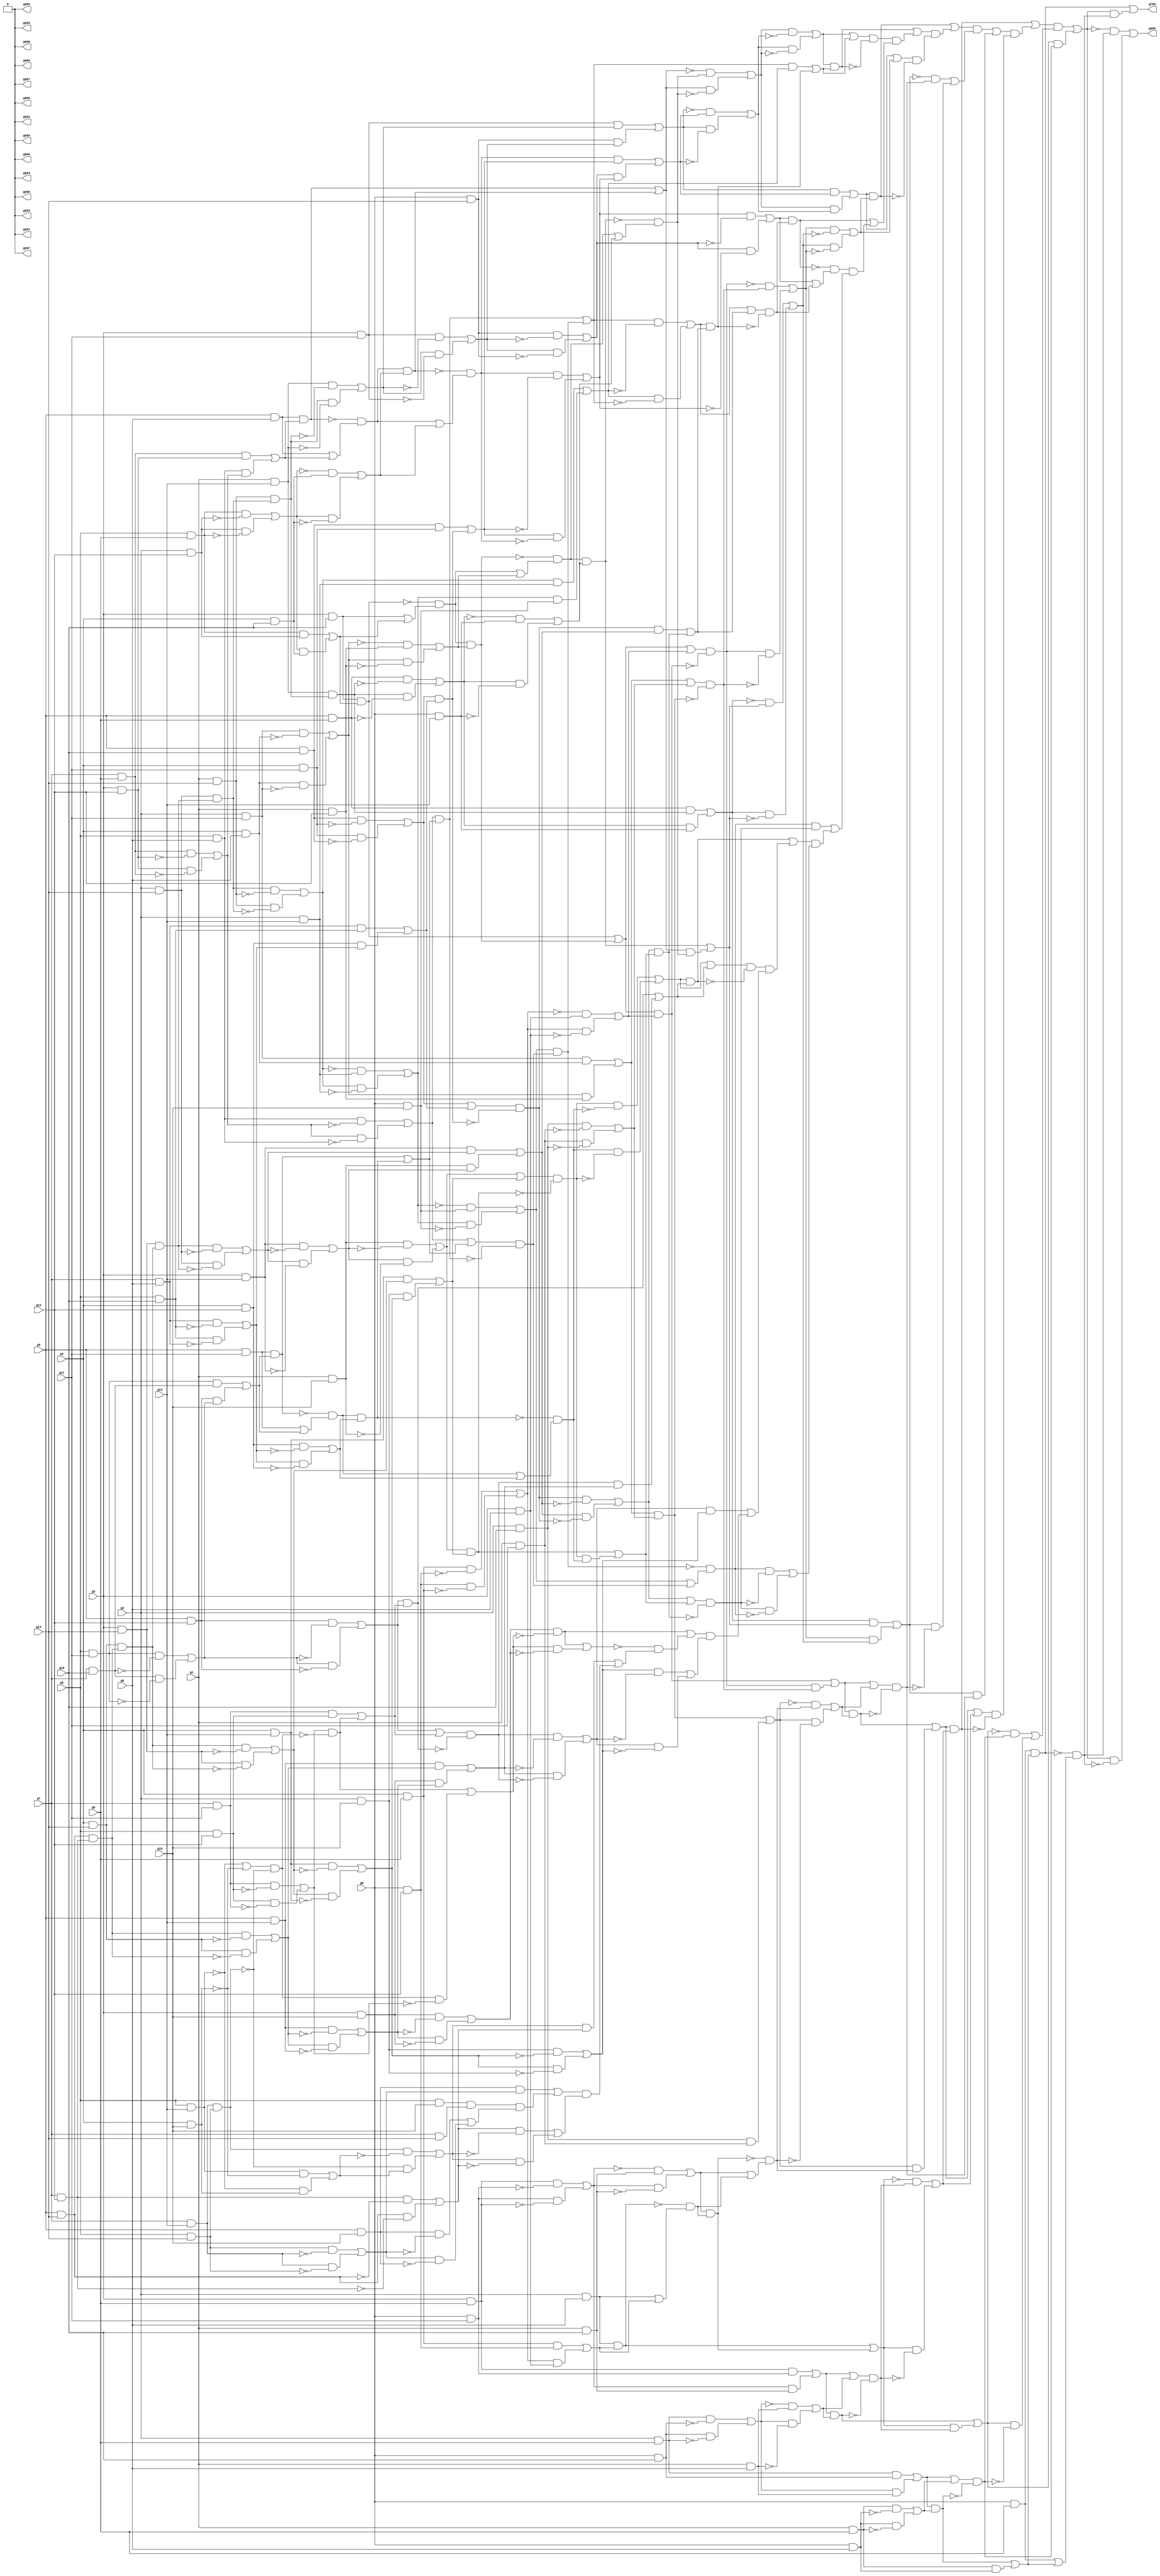
// Benchmark "circuit" written by ABC on Wed Jul 11 22:45:13 2018

module circuit ( 
    g0, g1, g2, g3, g4, g5, g6, g7, g8, g9, g10, g11, g12, g13, g14, g15,
    g700, g699, g698, g697, g696, g695, g694, g693, g692, g691, g690, g689,
    g688, g687, g686, g685  );
  input  g0, g1, g2, g3, g4, g5, g6, g7, g8, g9, g10, g11, g12, g13, g14,
    g15;
  output g700, g699, g698, g697, g696, g695, g694, g693, g692, g691, g690,
    g689, g688, g687, g686, g685;
  wire g16, g17, g18, g19, g20, g21, g22, g23, g24, g25, g26, g27, g28, g29,
    g30, g31, g32, g33, g34, g35, g36, g37, g38, g39, g40, g41, g42, g43,
    g44, g45, g46, g47, g48, g49, g50, g51, g52, g53, g54, g55, g56, g57,
    g58, g59, g60, g61, g62, g63, g64, g65, g66, g67, g68, g69, g70, g71,
    g72, g73, g74, g75, g76, g77, g78, g79, g80, g81, g82, g83, g84, g85,
    g86, g87, g88, g89, g90, g91, g92, g93, g94, g95, g96, g97, g98, g99,
    g100, g101, g102, g103, g104, g105, g106, g107, g108, g109, g110, g111,
    g112, g113, g114, g115, g116, g117, g118, g119, g120, g121, g122, g123,
    g124, g125, g126, g127, g128, g129, g130, g131, g132, g133, g134, g135,
    g136, g137, g138, g139, g140, g141, g142, g143, g144, g145, g146, g147,
    g148, g149, g150, g151, g152, g153, g154, g155, g156, g157, g158, g159,
    g160, g161, g162, g163, g164, g165, g166, g167, g168, g169, g170, g171,
    g172, g173, g174, g175, g176, g177, g178, g179, g180, g181, g182, g183,
    g184, g185, g186, g187, g188, g189, g190, g191, g192, g193, g194, g195,
    g196, g197, g198, g199, g200, g201, g202, g203, g204, g205, g206, g207,
    g208, g209, g210, g211, g212, g213, g214, g215, g216, g217, g218, g219,
    g220, g221, g222, g223, g224, g225, g226, g227, g228, g229, g230, g231,
    g232, g233, g234, g235, g236, g237, g238, g239, g240, g241, g242, g243,
    g244, g245, g246, g247, g248, g249, g250, g251, g252, g253, g254, g255,
    g256, g257, g258, g259, g260, g261, g262, g263, g264, g265, g266, g267,
    g268, g269, g270, g271, g272, g273, g274, g275, g276, g277, g278, g279,
    g280, g281, g282, g283, g284, g285, g286, g287, g288, g289, g290, g291,
    g292, g293, g294, g295, g296, g297, g298, g299, g300, g301, g302, g303,
    g304, g305, g306, g307, g308, g309, g310, g311, g312, g313, g314, g315,
    g316, g317, g318, g319, g320, g321, g322, g323, g324, g325, g326, g327,
    g328, g329, g330, g331, g332, g333, g334, g335, g336, g337, g338, g339,
    g340, g341, g342, g343, g344, g345, g346, g347, g348, g349, g350, g351,
    g352, g353, g354, g355, g356, g357, g358, g359, g360, g361, g362, g363,
    g364, g365, g366, g367, g368, g369, g370, g371, g372, g373, g374, g375,
    g376, g377, g378, g379, g380, g381, g382, g383, g384, g385, g386, g387,
    g388, g389, g390, g391, g392, g393, g394, g395, g396, g397, g398, g399,
    g400, g401, g402, g403, g404, g405, g406, g407, g408, g409, g410, g411,
    g412, g413, g414, g415, g416, g417, g418, g419, g420, g421, g422, g423,
    g424, g425, g426, g427, g428, g429, g430, g431, g432, g433, g434, g435,
    g436, g437, g438, g439, g440, g441, g442, g443, g444, g445, g446, g447,
    g449, g450, g451, g452, g453, g454, g455, g456, g457, g458, g459, g460,
    g461, g462, g463, g464, g465, g466, g467, g468, g469, g470, g471, g472,
    g473, g474, g475, g476, g477, g478, g479, g480, g481, g482, g483, g484,
    g485, g486, g487, g488, g489, g490, g491, g492, g493, g494, g495, g496,
    g497, g498, g499, g500, g501, g502, g503, g504, g505, g506, g507, g511,
    g512, g513, g514, g515, g516, g517, g518, g519, g520, g521, g522, g523,
    g524, g525, g526, g527, g528, g529, g530, g531, g532, g533, g534, g535,
    g536, g537, g538, g539, g540, g541, g542, g543, g544, g545, g546, g547,
    g548, g549, g550, g551, g552, g553, g554, g555, g556, g557, g558, g559,
    g562, g563, g565, g566, g567, g568, g569, g570, g571, g572, g573, g574,
    g575, g576, g577, g578, g579, g580, g581, g582, g583, g584, g585, g586,
    g587, g588, g589, g590, g591, g592, g593, g594, g595, g596, g600, g601,
    g602, g603, g604, g605, g606, g607, g608, g609, g610, g611, g612, g613,
    g614, g615, g616, g617, g618, g619, g620, g621, g622, g623, g626, g627,
    g628, g629, g630, g631, g632, g633, g634, g635, g636, g637, g638, g639,
    g683, g684, \0 ;
  assign g16 = g5 & g9;
  assign g17 = g7 & g8;
  assign g18 = g3 & g12;
  assign g19 = g17 & g18;
  assign g20 = g6 & g9;
  assign g21 = ~g18;
  assign g22 = g17 & g21;
  assign g23 = ~g17;
  assign g24 = g18 & g23;
  assign g25 = g22 | g24;
  assign g26 = g20 & g25;
  assign g27 = g19 | g26;
  assign g28 = g16 & g27;
  assign g29 = ~g28;
  assign g30 = g16 | g27;
  assign g31 = g29 & g30;
  assign g32 = g6 & g8;
  assign g33 = g2 & g12;
  assign g34 = ~g33;
  assign g35 = g32 & g34;
  assign g36 = ~g32;
  assign g37 = g33 & g36;
  assign g38 = g35 | g37;
  assign g39 = ~g38;
  assign g40 = g4 & g10;
  assign g41 = g39 & g40;
  assign g42 = ~g40;
  assign g43 = g38 & g42;
  assign g44 = g41 | g43;
  assign g45 = g31 & g44;
  assign g46 = g28 | g45;
  assign g47 = ~g46;
  assign g48 = g3 & g10;
  assign g49 = g32 & g33;
  assign g50 = g38 & g40;
  assign g51 = g49 | g50;
  assign g52 = g48 & g51;
  assign g53 = ~g52;
  assign g54 = g48 | g51;
  assign g55 = g53 & g54;
  assign g56 = g2 & g11;
  assign g57 = g4 & g9;
  assign g58 = ~g57;
  assign g59 = g56 & g58;
  assign g60 = ~g56;
  assign g61 = g57 & g60;
  assign g62 = g59 | g61;
  assign g63 = ~g62;
  assign g64 = g1 & g12;
  assign g65 = g63 & g64;
  assign g66 = ~g64;
  assign g67 = g62 & g66;
  assign g68 = g65 | g67;
  assign g69 = g55 & g68;
  assign g70 = ~g69;
  assign g71 = g55 | g68;
  assign g72 = g70 & g71;
  assign g73 = g5 & g8;
  assign g74 = g1 & g13;
  assign g75 = g1 & g14;
  assign g76 = g2 & g14;
  assign g77 = g3 & g14;
  assign g78 = g4 & g14;
  assign g79 = g5 & g14;
  assign g80 = g7 & g12;
  assign g81 = g79 & g80;
  assign g82 = g78 & g81;
  assign g83 = g77 & g82;
  assign g84 = g76 & g83;
  assign g85 = g75 & g84;
  assign g86 = g74 & g85;
  assign g87 = ~g86;
  assign g88 = g73 & g87;
  assign g89 = ~g73;
  assign g90 = g86 & g89;
  assign g91 = g88 | g90;
  assign g92 = ~g91;
  assign g93 = g0 & g13;
  assign g94 = g92 & g93;
  assign g95 = ~g93;
  assign g96 = g91 & g95;
  assign g97 = g94 | g96;
  assign g98 = g72 & g97;
  assign g99 = ~g98;
  assign g100 = g72 | g97;
  assign g101 = g99 & g100;
  assign g102 = g47 & g101;
  assign g103 = ~g101;
  assign g104 = g46 & g103;
  assign g105 = g102 | g104;
  assign g106 = g3 & g11;
  assign g107 = ~g85;
  assign g108 = g74 & g107;
  assign g109 = ~g74;
  assign g110 = g85 & g109;
  assign g111 = g108 | g110;
  assign g112 = g106 & g111;
  assign g113 = g0 & g14;
  assign g114 = ~g111;
  assign g115 = g106 & g114;
  assign g116 = ~g106;
  assign g117 = g111 & g116;
  assign g118 = g115 | g117;
  assign g119 = g113 & g118;
  assign g120 = g112 | g119;
  assign g121 = ~g120;
  assign g122 = ~g45;
  assign g123 = g31 | g44;
  assign g124 = g122 & g123;
  assign g125 = g5 & g10;
  assign g126 = g4 & g11;
  assign g127 = g125 & g126;
  assign g128 = ~g126;
  assign g129 = g125 & g128;
  assign g130 = ~g125;
  assign g131 = g126 & g130;
  assign g132 = g129 | g131;
  assign g133 = g7 & g9;
  assign g134 = g6 & g10;
  assign g135 = g133 & g134;
  assign g136 = g4 & g12;
  assign g137 = ~g134;
  assign g138 = g133 & g137;
  assign g139 = ~g133;
  assign g140 = g134 & g139;
  assign g141 = g138 | g140;
  assign g142 = g136 & g141;
  assign g143 = g135 | g142;
  assign g144 = g132 & g143;
  assign g145 = g127 | g144;
  assign g146 = g124 & g145;
  assign g147 = ~g118;
  assign g148 = g113 & g147;
  assign g149 = ~g113;
  assign g150 = g118 & g149;
  assign g151 = g148 | g150;
  assign g152 = ~g145;
  assign g153 = g124 & g152;
  assign g154 = ~g124;
  assign g155 = g145 & g154;
  assign g156 = g153 | g155;
  assign g157 = g151 & g156;
  assign g158 = g146 | g157;
  assign g159 = g121 & g158;
  assign g160 = ~g158;
  assign g161 = g120 & g160;
  assign g162 = g159 | g161;
  assign g163 = ~g162;
  assign g164 = g105 & g163;
  assign g165 = ~g105;
  assign g166 = g162 & g165;
  assign g167 = g164 | g166;
  assign g168 = ~g25;
  assign g169 = g20 & g168;
  assign g170 = ~g20;
  assign g171 = g25 & g170;
  assign g172 = g169 | g171;
  assign g173 = g5 & g11;
  assign g174 = g6 & g11;
  assign g175 = g7 & g10;
  assign g176 = g174 & g175;
  assign g177 = g5 & g12;
  assign g178 = ~g175;
  assign g179 = g174 & g178;
  assign g180 = ~g174;
  assign g181 = g175 & g180;
  assign g182 = g179 | g181;
  assign g183 = g177 & g182;
  assign g184 = g176 | g183;
  assign g185 = g173 & g184;
  assign g186 = ~g185;
  assign g187 = g173 | g184;
  assign g188 = g186 & g187;
  assign g189 = ~g141;
  assign g190 = g136 & g189;
  assign g191 = ~g136;
  assign g192 = g141 & g191;
  assign g193 = g190 | g192;
  assign g194 = g188 & g193;
  assign g195 = g185 | g194;
  assign g196 = g172 & g195;
  assign g197 = ~g75;
  assign g198 = g84 & g197;
  assign g199 = ~g84;
  assign g200 = g75 & g199;
  assign g201 = g198 | g200;
  assign g202 = ~g201;
  assign g203 = g2 & g13;
  assign g204 = g202 & g203;
  assign g205 = ~g203;
  assign g206 = g201 & g205;
  assign g207 = g204 | g206;
  assign g208 = ~g207;
  assign g209 = g0 & g15;
  assign g210 = g208 & g209;
  assign g211 = ~g209;
  assign g212 = g207 & g211;
  assign g213 = g210 | g212;
  assign g214 = g172 | g195;
  assign g215 = ~g196;
  assign g216 = g214 & g215;
  assign g217 = g213 & g216;
  assign g218 = g196 | g217;
  assign g219 = g201 & g203;
  assign g220 = g207 & g209;
  assign g221 = g219 | g220;
  assign g222 = g218 & g221;
  assign g223 = ~g221;
  assign g224 = g218 & g223;
  assign g225 = ~g218;
  assign g226 = g221 & g225;
  assign g227 = g224 | g226;
  assign g228 = g132 | g143;
  assign g229 = ~g144;
  assign g230 = g228 & g229;
  assign g231 = g3 & g13;
  assign g232 = ~g76;
  assign g233 = g83 & g232;
  assign g234 = ~g83;
  assign g235 = g76 & g234;
  assign g236 = g233 | g235;
  assign g237 = g231 & g236;
  assign g238 = g1 & g15;
  assign g239 = ~g236;
  assign g240 = g231 & g239;
  assign g241 = ~g231;
  assign g242 = g236 & g241;
  assign g243 = g240 | g242;
  assign g244 = g238 & g243;
  assign g245 = g237 | g244;
  assign g246 = g230 & g245;
  assign g247 = ~g245;
  assign g248 = g230 & g247;
  assign g249 = ~g230;
  assign g250 = g245 & g249;
  assign g251 = g248 | g250;
  assign g252 = ~g243;
  assign g253 = g238 & g252;
  assign g254 = ~g238;
  assign g255 = g243 & g254;
  assign g256 = g253 | g255;
  assign g257 = g4 & g13;
  assign g258 = ~g77;
  assign g259 = g82 & g258;
  assign g260 = ~g82;
  assign g261 = g77 & g260;
  assign g262 = g259 | g261;
  assign g263 = g257 & g262;
  assign g264 = g2 & g15;
  assign g265 = ~g262;
  assign g266 = g257 & g265;
  assign g267 = ~g257;
  assign g268 = g262 & g267;
  assign g269 = g266 | g268;
  assign g270 = g264 & g269;
  assign g271 = g263 | g270;
  assign g272 = g256 & g271;
  assign g273 = g256 | g271;
  assign g274 = ~g272;
  assign g275 = g273 & g274;
  assign g276 = ~g194;
  assign g277 = g188 | g193;
  assign g278 = g276 & g277;
  assign g279 = g275 & g278;
  assign g280 = g272 | g279;
  assign g281 = g251 & g280;
  assign g282 = g246 | g281;
  assign g283 = g227 & g282;
  assign g284 = g222 | g283;
  assign g285 = g167 & g284;
  assign g286 = g167 | g284;
  assign g287 = ~g285;
  assign g288 = g286 & g287;
  assign g289 = ~g151;
  assign g290 = g156 & g289;
  assign g291 = ~g156;
  assign g292 = g151 & g291;
  assign g293 = g290 | g292;
  assign g294 = g227 | g282;
  assign g295 = ~g283;
  assign g296 = g294 & g295;
  assign g297 = g293 & g296;
  assign g298 = ~g297;
  assign g299 = g293 | g296;
  assign g300 = g298 & g299;
  assign g301 = ~g217;
  assign g302 = g213 | g216;
  assign g303 = g301 & g302;
  assign g304 = g251 | g280;
  assign g305 = ~g281;
  assign g306 = g304 & g305;
  assign g307 = g303 & g306;
  assign g308 = ~g278;
  assign g309 = g275 & g308;
  assign g310 = ~g275;
  assign g311 = g278 & g310;
  assign g312 = g309 | g311;
  assign g313 = ~g182;
  assign g314 = g177 & g313;
  assign g315 = ~g177;
  assign g316 = g182 & g315;
  assign g317 = g314 | g316;
  assign g318 = g7 & g11;
  assign g319 = g6 & g12;
  assign g320 = g318 & g319;
  assign g321 = ~g319;
  assign g322 = g318 & g321;
  assign g323 = ~g318;
  assign g324 = g319 & g323;
  assign g325 = g322 | g324;
  assign g326 = g6 & g13;
  assign g327 = ~g326;
  assign g328 = g4 & g15;
  assign g329 = ~g328;
  assign g330 = g327 | g329;
  assign g331 = g7 & g13;
  assign g332 = g6 & g14;
  assign g333 = g331 & g332;
  assign g334 = ~g333;
  assign g335 = g330 & g334;
  assign g336 = ~g335;
  assign g337 = g325 & g336;
  assign g338 = g320 | g337;
  assign g339 = g317 & g338;
  assign g340 = g317 | g338;
  assign g341 = ~g339;
  assign g342 = g340 & g341;
  assign g343 = g5 & g13;
  assign g344 = ~g78;
  assign g345 = g81 & g344;
  assign g346 = ~g81;
  assign g347 = g78 & g346;
  assign g348 = g345 | g347;
  assign g349 = g343 & g348;
  assign g350 = g3 & g15;
  assign g351 = ~g348;
  assign g352 = g343 & g351;
  assign g353 = ~g343;
  assign g354 = g348 & g353;
  assign g355 = g352 | g354;
  assign g356 = g350 & g355;
  assign g357 = g349 | g356;
  assign g358 = g342 & g357;
  assign g359 = g339 | g358;
  assign g360 = g312 & g359;
  assign g361 = g312 | g359;
  assign g362 = ~g360;
  assign g363 = g361 & g362;
  assign g364 = ~g357;
  assign g365 = g342 & g364;
  assign g366 = ~g342;
  assign g367 = g357 & g366;
  assign g368 = g365 | g367;
  assign g369 = ~g269;
  assign g370 = g264 & g369;
  assign g371 = ~g264;
  assign g372 = g269 & g371;
  assign g373 = g370 | g372;
  assign g374 = g368 & g373;
  assign g375 = ~g355;
  assign g376 = g350 & g375;
  assign g377 = ~g350;
  assign g378 = g355 & g377;
  assign g379 = g376 | g378;
  assign g380 = ~g325;
  assign g381 = g335 & g380;
  assign g382 = g337 | g381;
  assign g383 = ~g382;
  assign g384 = g379 & g383;
  assign g385 = ~g379;
  assign g386 = g382 & g385;
  assign g387 = g384 | g386;
  assign g388 = ~g387;
  assign g389 = g326 & g329;
  assign g390 = g327 & g328;
  assign g391 = g389 | g390;
  assign g392 = ~g391;
  assign g393 = g333 & g392;
  assign g394 = g334 & g391;
  assign g395 = g393 | g394;
  assign g396 = ~g79;
  assign g397 = g80 & g396;
  assign g398 = ~g80;
  assign g399 = g79 & g398;
  assign g400 = g397 | g399;
  assign g401 = g395 & g400;
  assign g402 = g5 & g15;
  assign g403 = ~g331;
  assign g404 = g332 & g403;
  assign g405 = ~g332;
  assign g406 = g331 & g405;
  assign g407 = g404 | g406;
  assign g408 = g402 & g407;
  assign g409 = g6 & g15;
  assign g410 = g7 & g14;
  assign g411 = g409 & g410;
  assign g412 = ~g407;
  assign g413 = g402 & g412;
  assign g414 = ~g402;
  assign g415 = g407 & g414;
  assign g416 = g413 | g415;
  assign g417 = g411 & g416;
  assign g418 = g408 | g417;
  assign g419 = ~g395;
  assign g420 = g400 & g419;
  assign g421 = ~g400;
  assign g422 = g395 & g421;
  assign g423 = g420 | g422;
  assign g424 = g418 & g423;
  assign g425 = g401 | g424;
  assign g426 = g388 & g425;
  assign g427 = g384 | g426;
  assign g428 = ~g368;
  assign g429 = g373 & g428;
  assign g430 = ~g373;
  assign g431 = g368 & g430;
  assign g432 = g429 | g431;
  assign g433 = g427 & g432;
  assign g434 = g374 | g433;
  assign g435 = g363 & g434;
  assign g436 = g360 | g435;
  assign g437 = ~g306;
  assign g438 = g303 & g437;
  assign g439 = ~g303;
  assign g440 = g306 & g439;
  assign g441 = g438 | g440;
  assign g442 = g436 & g441;
  assign g443 = g307 | g442;
  assign g444 = g300 & g443;
  assign g445 = g297 | g444;
  assign g446 = g288 & g445;
  assign g447 = g285 | g446;
  assign g449 = g120 & g158;
  assign g450 = g105 & g162;
  assign g451 = g449 | g450;
  assign g452 = g52 | g69;
  assign g453 = g4 & g8;
  assign g454 = g0 & g12;
  assign g455 = ~g454;
  assign g456 = g453 & g455;
  assign g457 = ~g453;
  assign g458 = g454 & g457;
  assign g459 = g456 | g458;
  assign g460 = ~g459;
  assign g461 = g3 & g9;
  assign g462 = g460 & g461;
  assign g463 = ~g461;
  assign g464 = g459 & g463;
  assign g465 = g462 | g464;
  assign g466 = g452 | g465;
  assign g467 = g452 & g465;
  assign g468 = ~g467;
  assign g469 = g466 & g468;
  assign g470 = ~g469;
  assign g471 = g56 & g57;
  assign g472 = g62 & g64;
  assign g473 = g471 | g472;
  assign g474 = g2 & g10;
  assign g475 = g1 & g11;
  assign g476 = ~g475;
  assign g477 = g474 & g476;
  assign g478 = ~g474;
  assign g479 = g475 & g478;
  assign g480 = g477 | g479;
  assign g481 = g473 | g480;
  assign g482 = g473 & g480;
  assign g483 = ~g482;
  assign g484 = g481 & g483;
  assign g485 = g470 & g484;
  assign g486 = ~g484;
  assign g487 = g469 & g486;
  assign g488 = g485 | g487;
  assign g489 = g73 & g86;
  assign g490 = g91 & g93;
  assign g491 = g489 | g490;
  assign g492 = ~g491;
  assign g493 = g46 & g101;
  assign g494 = g98 | g493;
  assign g495 = g492 & g494;
  assign g496 = ~g494;
  assign g497 = g491 & g496;
  assign g498 = g495 | g497;
  assign g499 = ~g498;
  assign g500 = g488 & g499;
  assign g501 = ~g488;
  assign g502 = g498 & g501;
  assign g503 = g500 | g502;
  assign g504 = g451 | g503;
  assign g505 = g451 & g503;
  assign g506 = ~g505;
  assign g507 = g504 & g506;
  assign g511 = g447 & g507;
  assign g512 = g505 | g511;
  assign g513 = g491 & g494;
  assign g514 = g488 & g498;
  assign g515 = g513 | g514;
  assign g516 = ~g515;
  assign g517 = g469 & g484;
  assign g518 = g467 | g517;
  assign g519 = g474 & g475;
  assign g520 = g482 | g519;
  assign g521 = ~g520;
  assign g522 = g3 & g8;
  assign g523 = g0 & g11;
  assign g524 = ~g523;
  assign g525 = g522 & g524;
  assign g526 = ~g522;
  assign g527 = g523 & g526;
  assign g528 = g525 | g527;
  assign g529 = ~g528;
  assign g530 = g1 & g10;
  assign g531 = g529 & g530;
  assign g532 = ~g530;
  assign g533 = g528 & g532;
  assign g534 = g531 | g533;
  assign g535 = g2 & g9;
  assign g536 = g453 & g454;
  assign g537 = g459 & g461;
  assign g538 = g536 | g537;
  assign g539 = g535 & g538;
  assign g540 = ~g539;
  assign g541 = g535 | g538;
  assign g542 = g540 & g541;
  assign g543 = g534 & g542;
  assign g544 = ~g543;
  assign g545 = g534 | g542;
  assign g546 = g544 & g545;
  assign g547 = g521 & g546;
  assign g548 = ~g546;
  assign g549 = g520 & g548;
  assign g550 = g547 | g549;
  assign g551 = g518 | g550;
  assign g552 = g518 & g550;
  assign g553 = ~g552;
  assign g554 = g551 & g553;
  assign g555 = g516 & g554;
  assign g556 = ~g554;
  assign g557 = g515 & g556;
  assign g558 = g555 | g557;
  assign g559 = g512 & g558;
  assign g562 = g515 & g554;
  assign g563 = g559 | g562;
  assign g565 = g520 & g546;
  assign g566 = g552 | g565;
  assign g567 = g539 | g543;
  assign g568 = ~g567;
  assign g569 = g522 & g523;
  assign g570 = g528 & g530;
  assign g571 = g569 | g570;
  assign g572 = g2 & g8;
  assign g573 = g0 & g10;
  assign g574 = ~g573;
  assign g575 = g572 & g574;
  assign g576 = ~g572;
  assign g577 = g573 & g576;
  assign g578 = g575 | g577;
  assign g579 = ~g578;
  assign g580 = g1 & g9;
  assign g581 = g579 & g580;
  assign g582 = ~g580;
  assign g583 = g578 & g582;
  assign g584 = g581 | g583;
  assign g585 = g571 | g584;
  assign g586 = g571 & g584;
  assign g587 = ~g586;
  assign g588 = g585 & g587;
  assign g589 = g568 & g588;
  assign g590 = ~g588;
  assign g591 = g567 & g590;
  assign g592 = g589 | g591;
  assign g593 = g566 | g592;
  assign g594 = g566 & g592;
  assign g595 = ~g594;
  assign g596 = g593 & g595;
  assign g600 = g563 & g596;
  assign g601 = g594 | g600;
  assign g602 = g567 & g588;
  assign g603 = g586 | g602;
  assign g604 = ~g603;
  assign g605 = g572 & g573;
  assign g606 = g578 & g580;
  assign g607 = g605 | g606;
  assign g608 = g1 & g8;
  assign g609 = g0 & g9;
  assign g610 = ~g609;
  assign g611 = g608 & g610;
  assign g612 = ~g608;
  assign g613 = g609 & g612;
  assign g614 = g611 | g613;
  assign g615 = g607 | g614;
  assign g616 = g607 & g614;
  assign g617 = ~g616;
  assign g618 = g615 & g617;
  assign g619 = g604 & g618;
  assign g620 = ~g618;
  assign g621 = g603 & g620;
  assign g622 = g619 | g621;
  assign g623 = g601 & g622;
  assign g626 = g603 & g618;
  assign g627 = g623 | g626;
  assign g628 = ~g627;
  assign g629 = g0 & g8;
  assign g630 = g608 & g609;
  assign g631 = g616 | g630;
  assign g632 = g629 & g631;
  assign g633 = ~g632;
  assign g634 = g629 | g631;
  assign g635 = g633 & g634;
  assign g636 = g628 & g635;
  assign g637 = ~g635;
  assign g638 = g627 & g637;
  assign g639 = g627 & g635;
  assign g683 = g636 | g638;
  assign g684 = g632 | g639;
  assign g685 = \0 ;
  assign g686 = \0 ;
  assign g687 = \0 ;
  assign g688 = \0 ;
  assign g689 = \0 ;
  assign g690 = \0 ;
  assign g691 = \0 ;
  assign g692 = \0 ;
  assign g693 = \0 ;
  assign g694 = \0 ;
  assign g695 = \0 ;
  assign g696 = \0 ;
  assign g697 = \0 ;
  assign g698 = \0 ;
  assign g699 = g683;
  assign g700 = g684;
  assign \0  = 1'b0;
endmodule